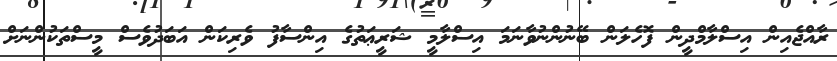
ރާއްޖެއިން އިސްލާމްދީން ފޮހެލަން ބޭނުންނުވާނަމަ އިސްލާމީ ޝަރީޢަތުގެ އިންސާފު ވެރިކަން އަބަދުވެސް މީސްތަކުންނަށް